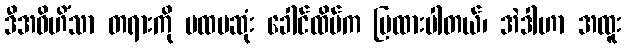
ဒီအဝိဟိံသာ တရားကို ပထမဆုံး ခေါင်ထိပ်က ပြထားပါတယ်၊ အဲဒါဟာ အထူး